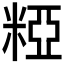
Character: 𥺼